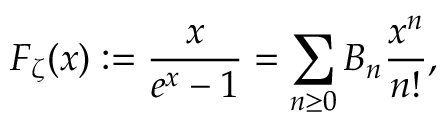
F _ { \zeta } ( x ) : = { \frac { x } { e ^ { x } - 1 } } = \sum _ { n \geq 0 } B _ { n } { \frac { x ^ { n } } { n ! } } ,